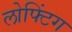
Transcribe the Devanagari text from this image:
लोफ्टिंग